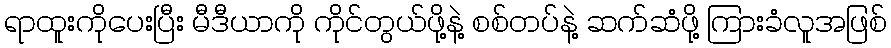
ရာထူးကိုပေးပြီး မီဒီယာကို ကိုင်တွယ်ဖို့နဲ့ စစ်တပ်နဲ့ ဆက်ဆံဖို့ ကြားခံလူအဖြစ်